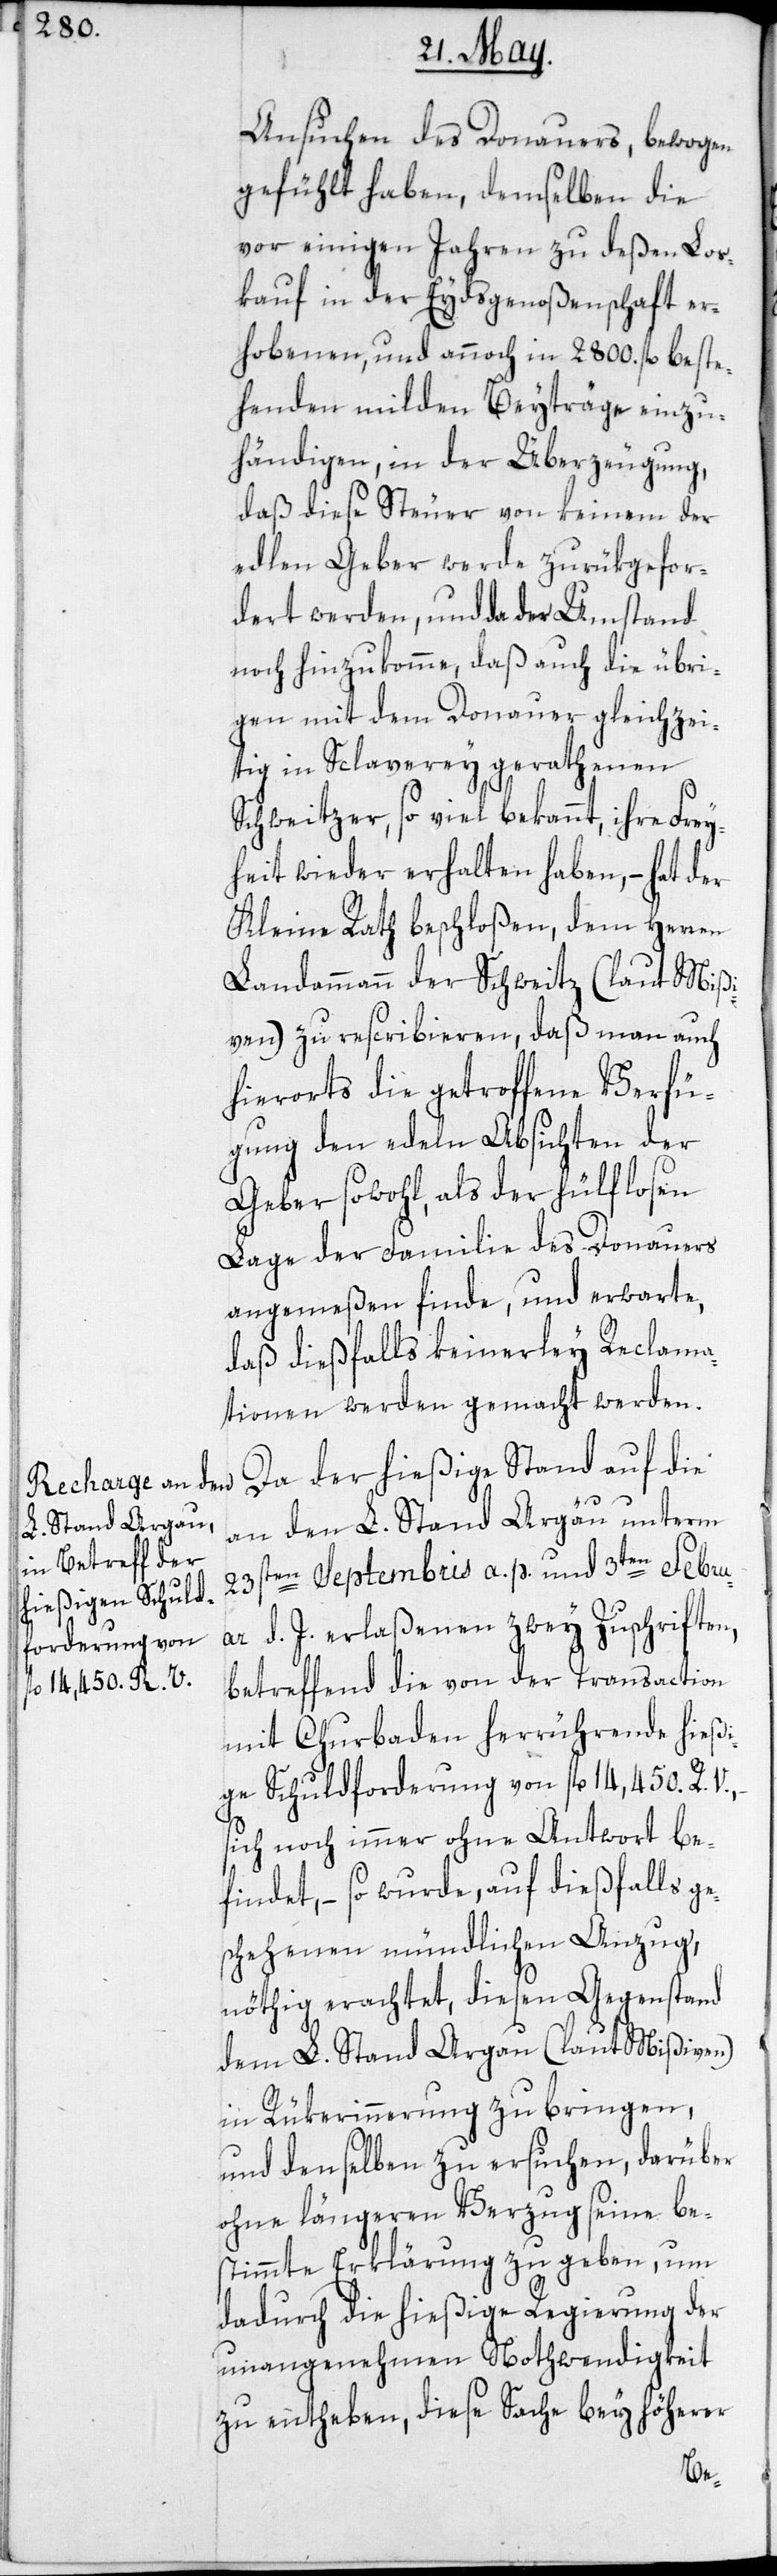
Ansuchen des Donauers, bewogen
gefühlt haben, demselben die
vor einigen Jahren zu deßen Los¬
kauf in der Eydsgenoßenschaft er¬
hobenen, und annoch in 2800. fl. beste¬
henden milden Beyträge einzu¬
händigen, in der Überzeugung,
daß diese Steuer von keinem der
edlen Geber werde zurükgefor¬
dert werden, und da der Umstand
noch hinzukomme, daß auch die übri¬
gen mit dem Donauer gleichzei¬
tig in Sclaverey gerathenen
Schweitzer, so viel bekannt, ihre Frey¬
heit wieder erhalten haben, – hat der
Kleine Rath beschloßen, dem Herren
Landammann der Schweitz (laut Mißi¬
ven) zu rescribieren, daß man auch
hierorts die getroffene Verfü¬
gung den edeln Absichten der
Geber sowohl, als der hülflosen
Lage der Familie des Donauers
angemeßen finde, und erwarte,
daß dießfalls keinerley Reclama¬
tionen werden gemacht werden.
Da der hießige Stand auf die
an den L. Stand Argau unterm
23sten Septembris a. p. und 3ten Febru¬
ar d. J. erlaßenen zwey Zuschriften,
betreffend die von der Transaction
mit Churbaden herrührende hießi¬
ge Schuldforderung von fl. 14,450 R.
sich noch immer ohne Antwort be¬
findet, – so wurde, auf dießfalls ge¬
schehenen mündlichen Anzug
nöthig erachtet, diesen Gegenstand
dem L. Stand Argau (laut Mißiven)
in Rükerinnerung zu bringen,
und denselben zu ersuchen, darüber
ohne längeren Verzug seine be¬
stimmte Erklärung zu geben, um
dadurch die hießige Regierung der
unangenehmen Nothwendigkeit
zu entheben, diese Sache bey höherer